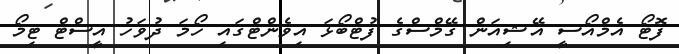
ފޮޓޯ އެމްއޯސީ އޭޝިއަން ގޭމްސްގެ ފުޓްބޯޅަ އިވެންޓްގައި ހޯމަ ދުވަހު އީސްޓް ޓިމޯ